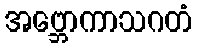
အဗ္ဘောကာသဂတံ